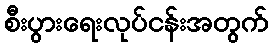
စီးပွားရေးလုပ်ငန်းအတွက်